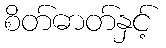
စိတ်ဓာတ်နှင့်